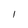
Character: I